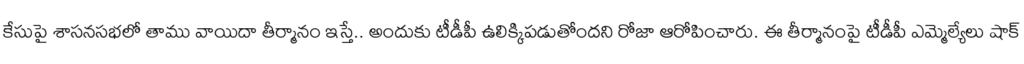
కేసుపై శాసనసభలో తాము వాయిదా తీర్మానం ఇస్తే.. అందుకు టీడీపీ ఉలిక్కిపడుతోందని రోజా ఆరోపించారు. ఈ తీర్మానంపై టీడీపీ ఎమ్మెల్యేలు షాక్